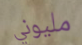
مليوني